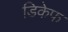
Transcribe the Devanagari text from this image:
डिकेफ